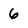
Character: 6